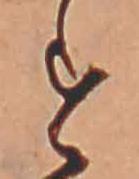
す